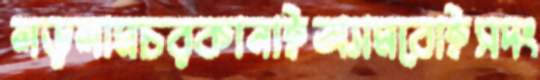
লড়লামচরকানাইঅ্যামবোইসদং